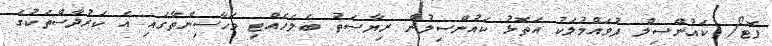
ފޮޓޯ/ ކައުންސިލް ފުވައްމުލަކު އަތޮޅު ކައުންސިލުން ރިޔާސަތު ބެލެހެއްޓި މަހާސިންތާގައި އެ ކަރުދާސްތަކުގެ